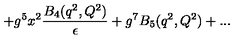
+ g ^ { 5 } x ^ { 2 } { \frac { B _ { 4 } ( q ^ { 2 } , Q ^ { 2 } ) } { \epsilon } } + g ^ { 7 } B _ { 5 } ( q ^ { 2 } , Q ^ { 2 } ) + . . .